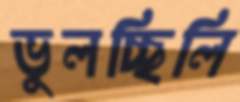
ভুলচ্ছিলি